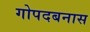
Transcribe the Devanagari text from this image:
गोपदबनास